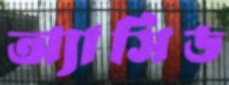
অ্যাসিড